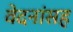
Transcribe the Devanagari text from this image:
वेदनांसह